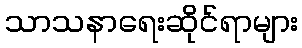
သာသနာရေးဆိုင်ရာများ